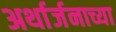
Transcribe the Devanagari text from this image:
अर्थार्जनाच्या